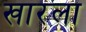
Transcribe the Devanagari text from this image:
खारला